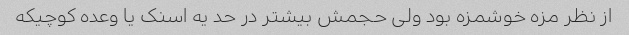
از نظر مزه خوشمزه بود ولی حجمش بیشتر در حد یه اسنک یا وعده کوچیکه